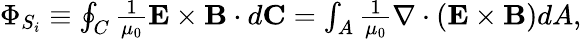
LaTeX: \begin{array}{r}{\Phi_{S_{i}}\equiv\oint_{C}\frac{1}{\mu_{0}}{\mathbf E}\times{\mathbf B}\cdot d{\mathbf C}=\int_{A}\frac{1}{\mu_{0}}\nabla\cdot({\mathbf E}\times{\mathbf B})dA,}\end{array}